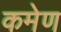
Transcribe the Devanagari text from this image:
कमेण